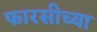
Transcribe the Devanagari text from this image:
फारसीच्या